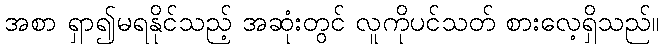
အစာ ရှာ၍မရနိုင်သည့် အဆုံးတွင် လူကိုပင်သတ် စားလေ့ရှိသည်။